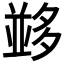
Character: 𡖼